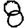
Digit: 8